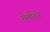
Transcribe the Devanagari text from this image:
मेमोरारे